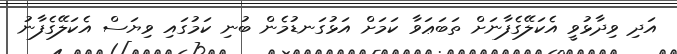
އަދި ވިދާޅުވީ އެކަލޭގެފާނަށް ތަބަޢަވާ ކަމަށް އަޅުގަނޑުމެން ބުނި ކަމުގައި ވިޔަސް އެކަލޭގެފާނު